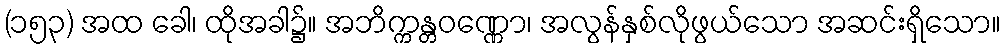
(၁၅၃) အထ ခေါ၊ ထိုအခါ၌။ အဘိက္ကန္တဝဏ္ဏော၊ အလွန်နှစ်လိုဖွယ်သော အဆင်းရှိသော။